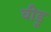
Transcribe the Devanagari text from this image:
वीडू